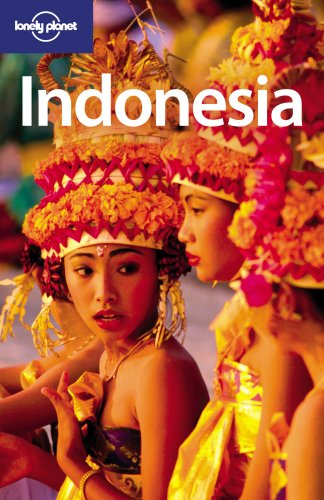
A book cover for Lonely Planet Indonesia (Country Travel Guide); Ryan Ver Berkmoes; Travel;